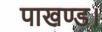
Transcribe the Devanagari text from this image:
पाखण्ड।